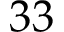
3 3